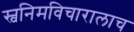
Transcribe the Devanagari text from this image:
स्वनिमविचारालाच